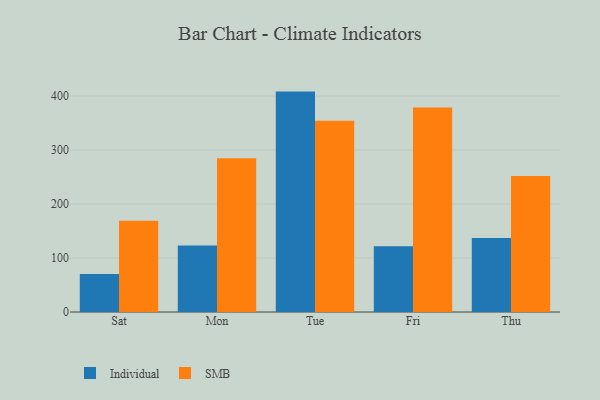
{"axis": {"x": "Day", "y": "Active Users"}, "legend": ["Individual", "SMB"], "data": [{"x": "Sat", "y": 70.4, "type": "Individual"}, {"x": "Sat", "y": 169.1, "type": "SMB"}, {"x": "Mon", "y": 123.1, "type": "Individual"}, {"x": "Mon", "y": 284.6, "type": "SMB"}, {"x": "Tue", "y": 408.3, "type": "Individual"}, {"x": "Tue", "y": 354.4, "type": "SMB"}, {"x": "Fri", "y": 121.7, "type": "Individual"}, {"x": "Fri", "y": 378.7, "type": "SMB"}, {"x": "Thu", "y": 137.3, "type": "Individual"}, {"x": "Thu", "y": 252.1, "type": "SMB"}]}